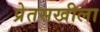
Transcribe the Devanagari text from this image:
प्रेतसखीला